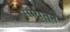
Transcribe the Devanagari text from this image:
सायत्न